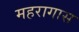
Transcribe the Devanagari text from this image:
महरागास